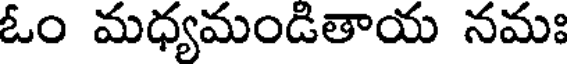
ఓం మధ్యమండితాయ నమః